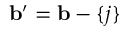
\mathbf { b ^ { \prime } } = \mathbf { b } - \{ j \}